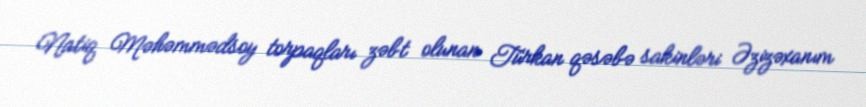
Natiq Məhəmmədsoy torpaqları zəbt olunan Türkan qəsəbə sakinləri Əzizəxanım